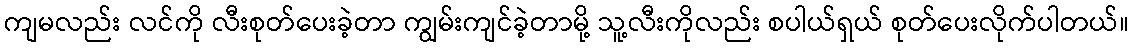
ကျမလည်း လင်ကို လီးစုတ်ပေးခဲ့တာ ကျွမ်းကျင်ခဲ့တာမို့ သူ့လီးကိုလည်း စပါယ်ရှယ် စုတ်ပေးလိုက်ပါတယ်။